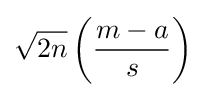
{\sqrt {2n}}\left({\frac {m-a}{s}}\right)